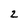
Character: 2